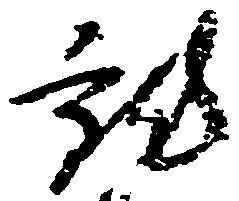
就